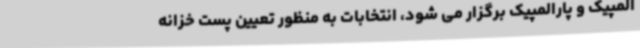
المپیک و پارالمپیک برگزار می شود، انتخابات به منظور تعیین پست خزانه